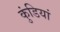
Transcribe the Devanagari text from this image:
कुंडियां